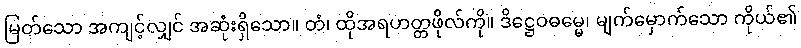
မြတ်သော အကျင့်လျှင် အဆုံးရှိသော။ တံ၊ ထိုအရဟတ္တဖိုလ်ကို။ ဒိဋ္ဌေဝဓမ္မေ၊ မျက်မှောက်သော ကိုယ်၏